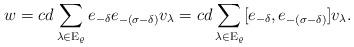
LaTeX: \begin{align*}w = cd\sum \limits_{\lambda \in \mathrm E_\varrho} e_{-\delta}e_{-(\sigma - \delta)}v_\lambda = cd\sum \limits_{\lambda \in \mathrm E_\varrho} [e_{-\delta}, e_{-(\sigma - \delta)}]v_\lambda.\end{align*}